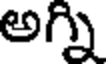
అగ్ని